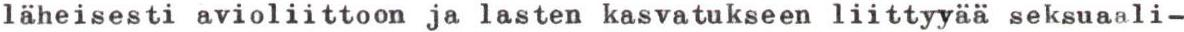
läheisesti avioliittoon ja lasten kasvatukseen liittyyää seksuaali-